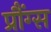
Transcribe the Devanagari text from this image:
प्रौंग्स